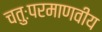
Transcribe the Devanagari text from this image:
चतुःपरमाणवीय